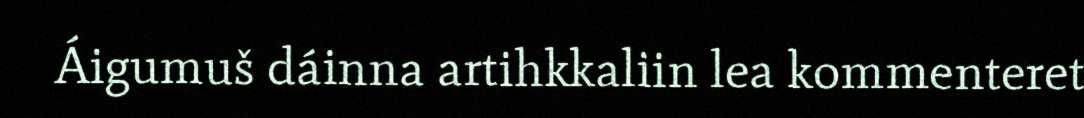
Áigumuš dáinna artihkkaliin lea kommenteret